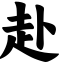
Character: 赴